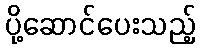
ပို့ဆောင်ပေးသည့်